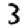
Digit: 3